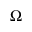
\Omega